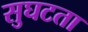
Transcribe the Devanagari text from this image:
सुघटता